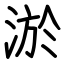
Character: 淤